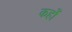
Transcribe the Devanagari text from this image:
कहोँ